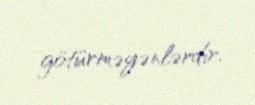
götürməyənlərdir.